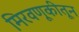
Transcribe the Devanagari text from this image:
मिरवणूकीतून